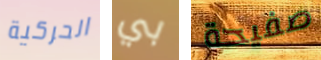
الحركية بي صفيحة